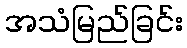
အသံမြည်ခြင်း